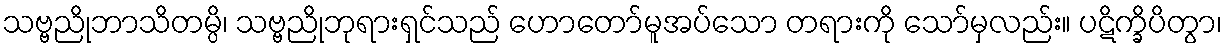
သဗ္ဗညိုဘာသိတမ္ပိ၊ သဗ္ဗညိုဘုရားရှင်သည် ဟောတော်မူအပ်သော တရားကို သော်မှလည်း။ ပဋိက္ခိပိတွာ၊